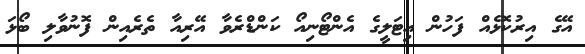
އޭގެ އިރުކޮޅެއް ފަހުން އިޓަލީގެ އެންޓޯނިއޯ ކަންޑްރެވާ އޭރިއާ ތެރެއިން ފޮނުވާލި ބޯޅަ